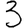
Digit: 3